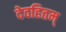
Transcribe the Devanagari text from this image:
देवहितम्